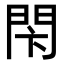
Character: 𨳲